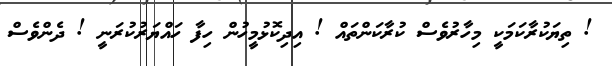
! ތިޔަކުރާކަމަކީ މިހާރުވެސް ކުރާކަންތައް ! އިދިކޮޅުމީހުން ހިފާ ހައްޔަރުކުރަނީ ! ދެންވެސް